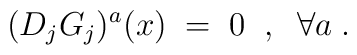
(D_j G_j)^a (x) \;=\; 0 \;\;,\;\; \forall a \;.